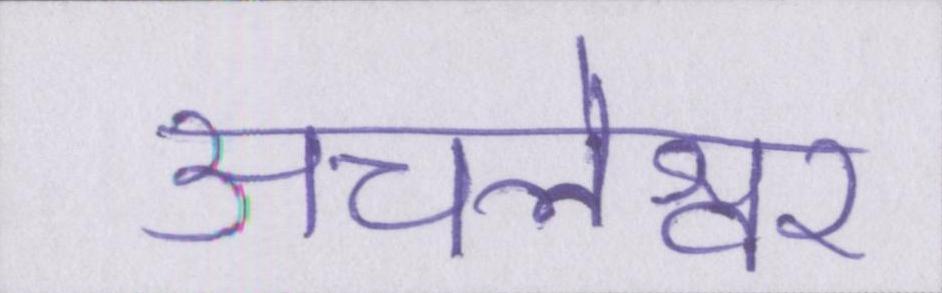
अचलेश्वर